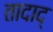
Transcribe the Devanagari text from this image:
तादाद्